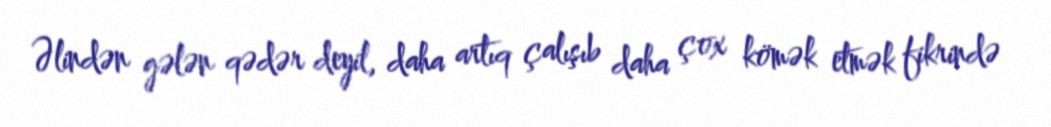
Əlindən gələn qədər deyil, daha artıq çalışıb daha çox kömək etmək fikrində